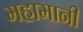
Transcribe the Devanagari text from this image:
महामानी